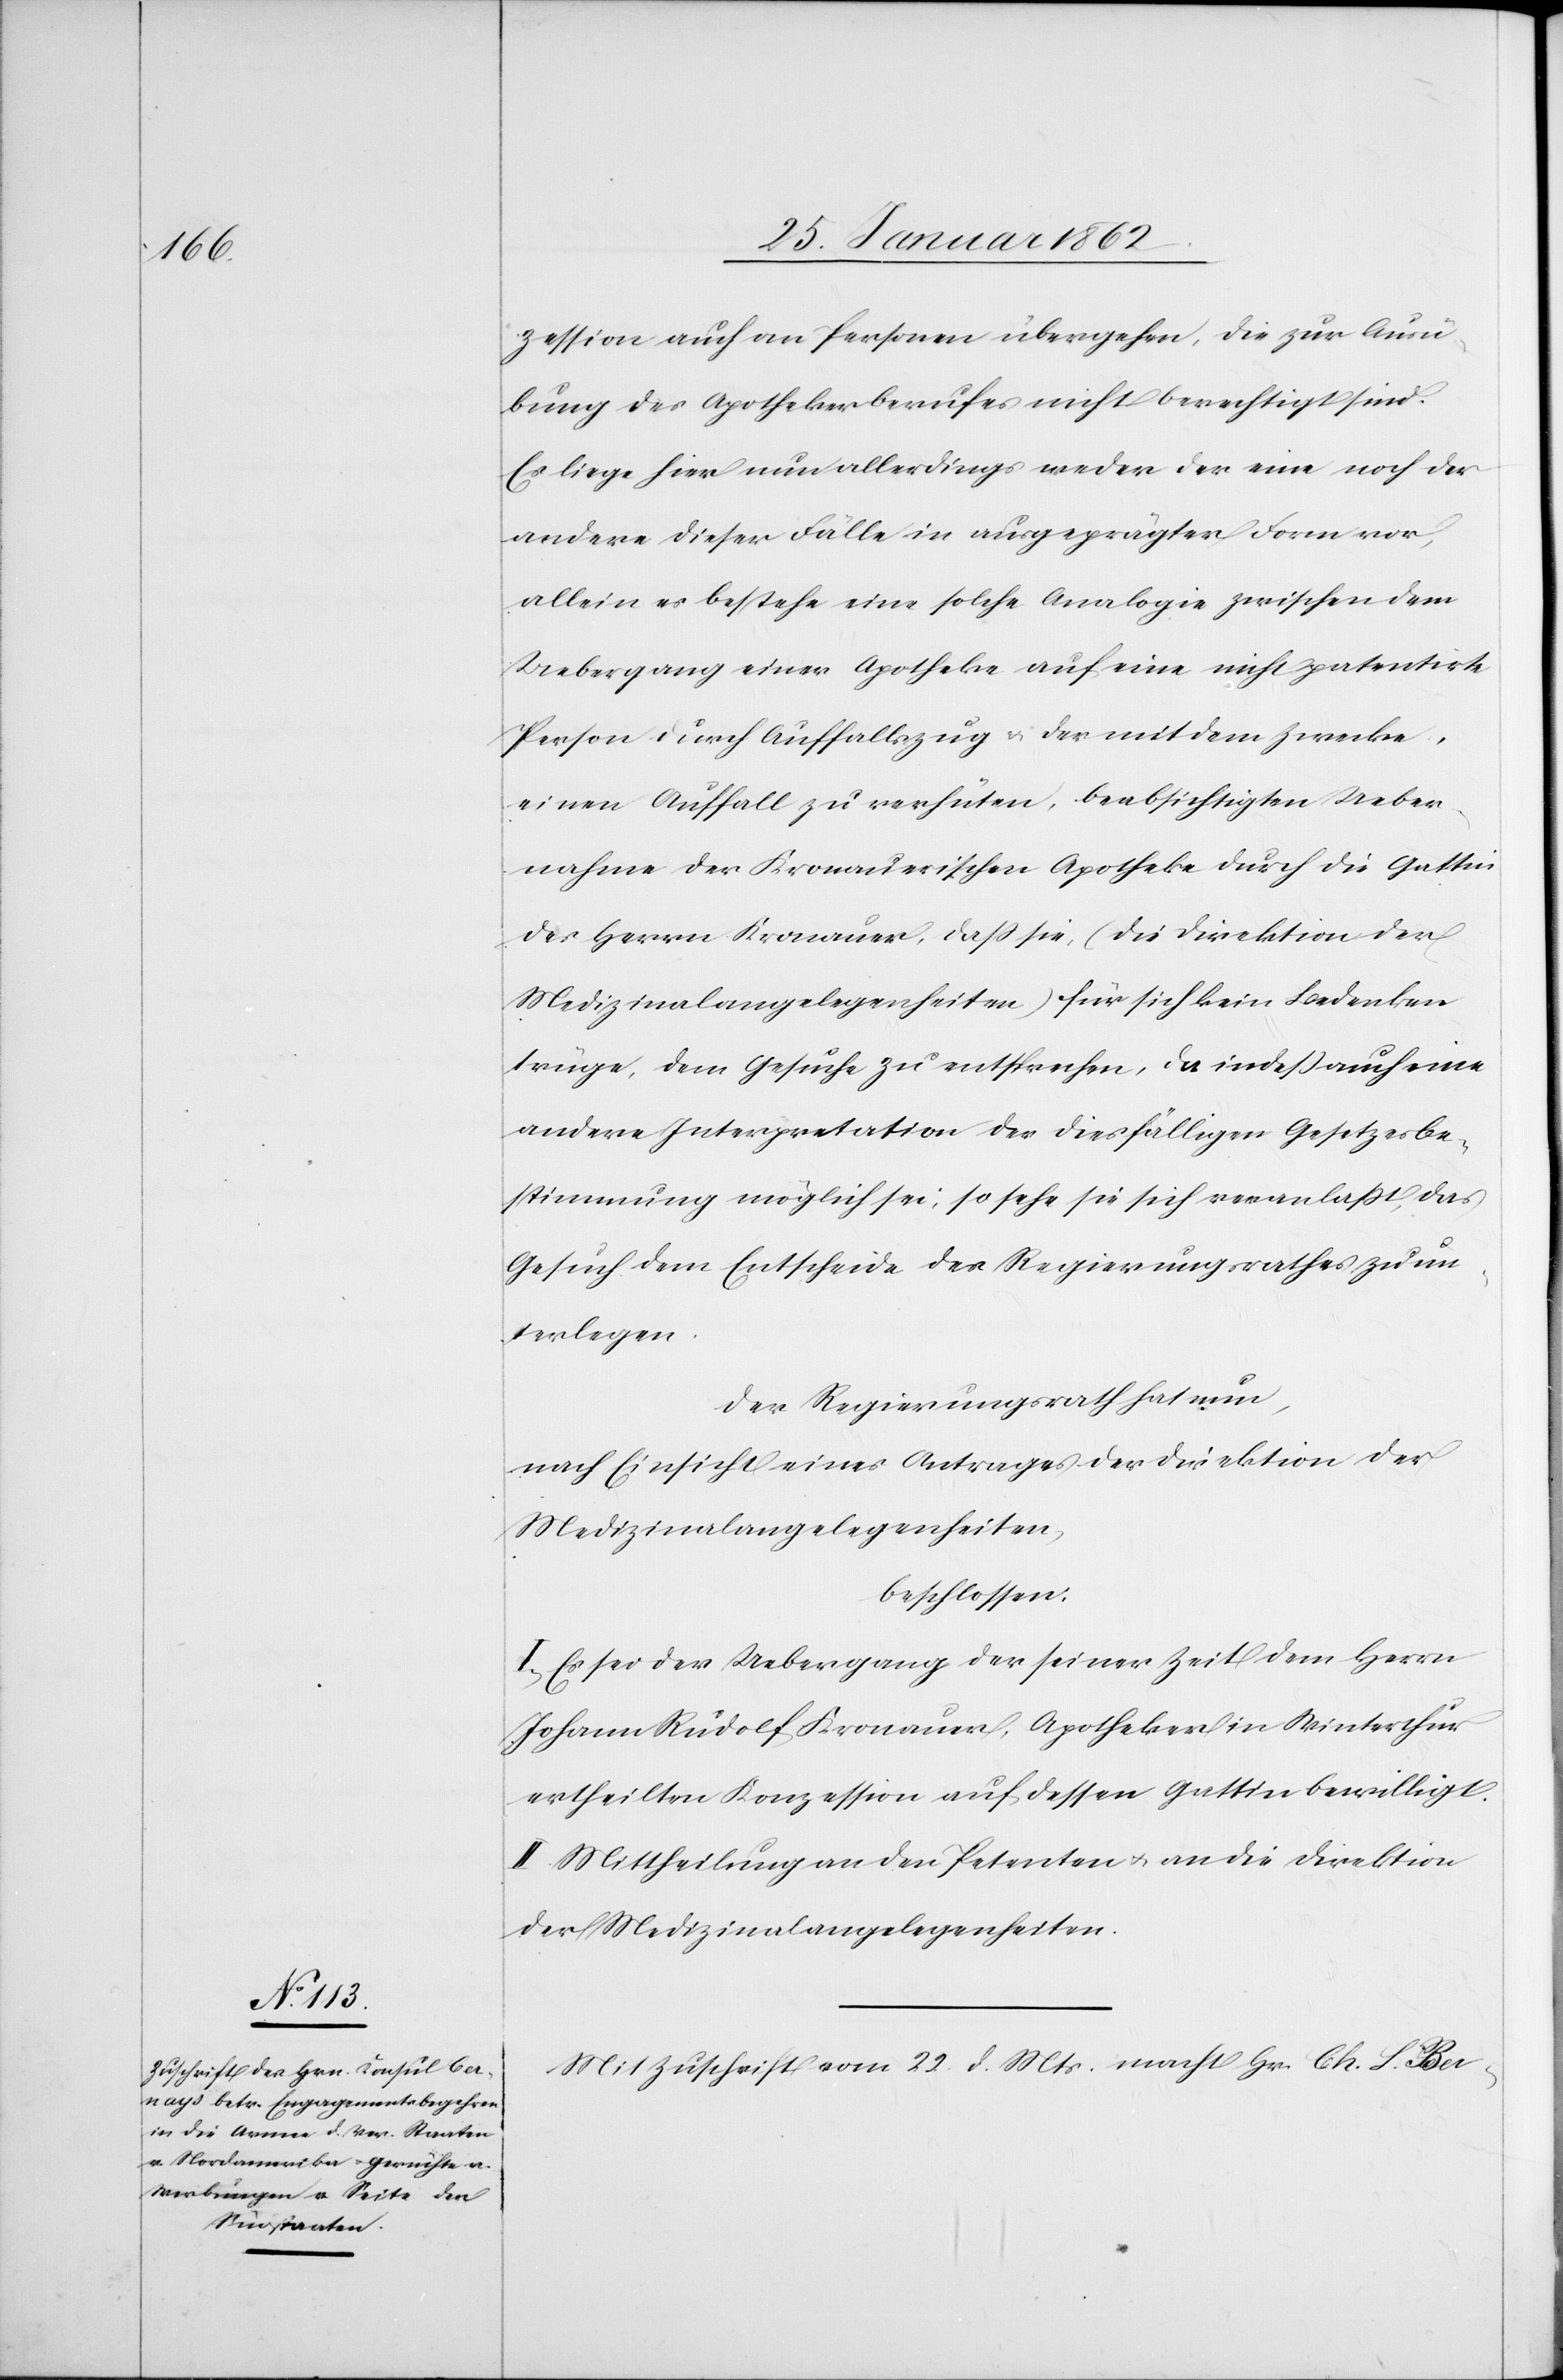
zession auch an Personen übergehen, die zur Ausü¬
bung des Apothekerberufes nicht berechtigt sind.
Es liege hier nun allerdings weder der eine noch der
andere dieser Fälle in ausgeprägter Form vor,
allein es bestehe eine solche Analogie zwischen dem
Uebergang einer Apotheke auf eine nicht patentirte
Person durch Auffallszug u. der mit dem Zwecke,
einen Auffall zu verhüten, beabsichtigten Ueber¬
nahme der Kronauerischen Apotheke durch die Gattin
des Herrn Kronauer, daß sie, (die Direktion der
Medizinalangelegenheiten) für sich kein Bedenken
trüge, dem Gesuche zu entsprechen, da indeß auch eine
andere Interpretation der diesfälligen Gesetzesbe¬
stimmung möglich sei; so sehe sie sich veranlaßt, das
Gesuch dem Entscheide des Regierungsrathes zu un¬
terlegen.
Der Regierungsrath hat nun,
nach Einsicht eines Antrages der Direktion der
Medizinalangelegenheiten,
beschlossen:
I. Es sei der Uebergang der seiner Zeit dem Herrn
Johann Rudolf Kronauer, Apotheker in Winterthur
ertheilten Konzession auf dessen Gattin bewilligt.
II. Mittheilung an den Petenten u. an die Direktion
der Medizinalangelegenheiten.
Mit Zuschrift vom 22. d. Mts. macht Hr. Ch. L. Ber-